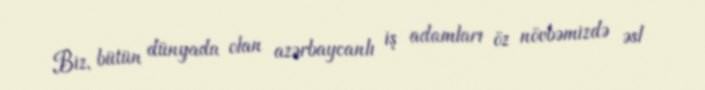
Biz, bütün dünyada olan azərbaycanlı iş adamları öz növbəmizdə əsl